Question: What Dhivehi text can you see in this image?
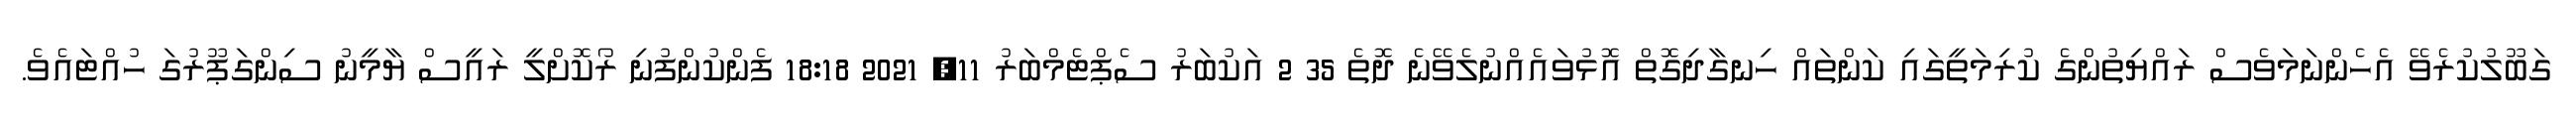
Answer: ގަބޫލުކުރެވޭ އެހެންނަމަވެސް ރައްޔިތުންގެ ކުރިމަތީގައި ކަންތައް ހިނގާދިގޮތް އޮޅުވައެއްނުލެވޭނެ ދޮތެ 35 2 އަކުބަރު ސެޕްޓެމްބަރު 11, 2021 18:18 ފެންކުންފުނި ރޯކޮށްލީ ރައީސް ޔާމީނު ސިންގަޕޫރުގަ ހުއްޓައެވެ.